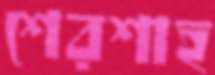
শেরশাহ